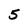
Character: 5